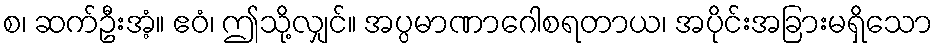
စ၊ ဆက်ဦးအံ့။ ဧဝံ၊ ဤသို့လျှင်။ အပ္ပမာဏာဂေါစရတာယ၊ အပိုင်းအခြားမရှိသော